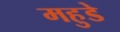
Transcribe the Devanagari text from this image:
महुडे